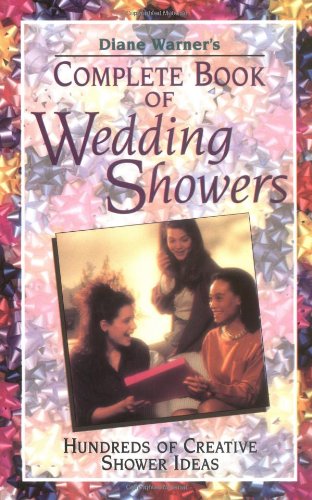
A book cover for Diane Warner's Complete Book of Wedding Showers; Diane Warner; Crafts, Hobbies & Home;